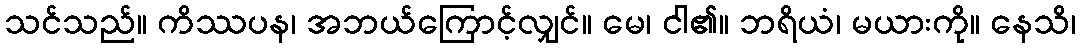
သင်သည်။ ကိဿပန၊ အဘယ်ကြောင့်လျှင်။ မေ၊ ငါ၏။ ဘရိယံ၊ မယားကို။ နေသိ၊